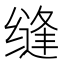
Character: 缝